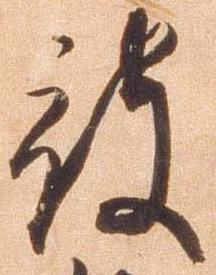
被